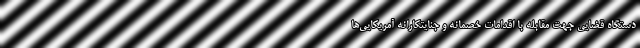
دستگاه قضایی جهت مقابله با اقدامات خصمانه و جنایتکارانه آمریکایی‌ها